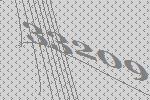
33209